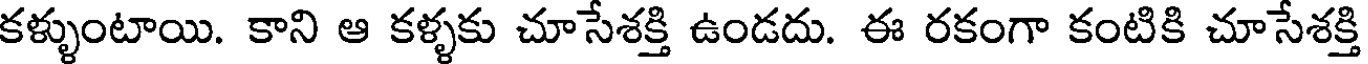
కళ్ళుంటాయి. కాని ఆ కళ్ళకు చూసేశక్తి ఉండదు. ఈ రకంగా కంటికి చూసేశక్తి